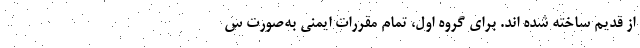
از قدیم ساخته شده اند. برای گروه اول، تمام مقررات ایمنی به‌صورت س